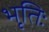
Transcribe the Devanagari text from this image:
भृतिः